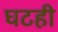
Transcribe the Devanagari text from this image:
घटही